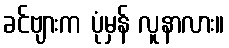
ခင်ဗျားက ပုံမှန် လူနာလား။